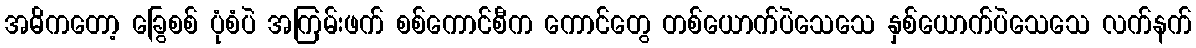
အဓိကတော့ ခြွေစစ် ပုံစံပဲ အကြမ်းဖက် စစ်ကောင်စီက ကောင်တွေ တစ်ယောက်ပဲသေသေ နှစ်ယောက်ပဲသေသေ လက်နက်